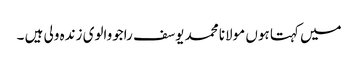
میں کہتا ہوں مولانا محمد یوسف راجووالوی زندہ ولی ہیں ۔